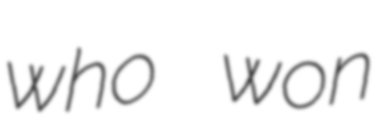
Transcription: who won